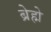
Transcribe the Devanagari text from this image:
ब्रेह्मे